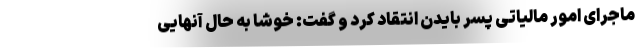
ماجرای امور مالیاتی پسر بایدن انتقاد کرد و گفت: خوشا به حال آنهایی